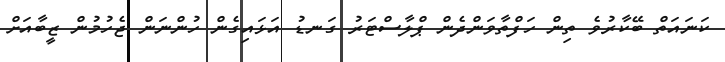
ކަނައަތް ބޭކާރުވެ ތިން ހަފްތާވަންދެން ޕްލާސްޓަރު ގަނޑު އަޅައިގެން ހުންނަން ޖެހުމުން ޒީބާއަށް